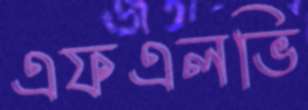
এফএলভি